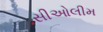
સીઓલીમ